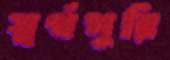
স্বর্গপুরি